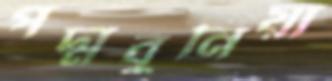
পদ্মবুনিয়া